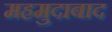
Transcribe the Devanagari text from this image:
महमुदाबाद